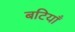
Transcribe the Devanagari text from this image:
बटियाँ